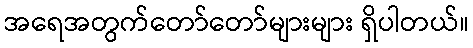
အရေအတွက်တော်တော်များများ ရှိပါတယ်။